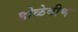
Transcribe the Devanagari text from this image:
डोळेवीण